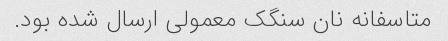
متاسفانه نان سنگک معمولی ارسال شده بود.